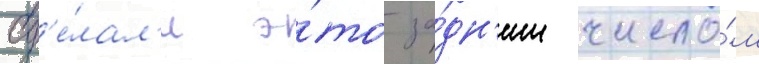
сд'е́лал'и э́то за́дн'им число́м